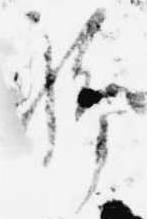
聊